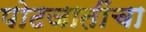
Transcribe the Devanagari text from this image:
पोटजातींचा